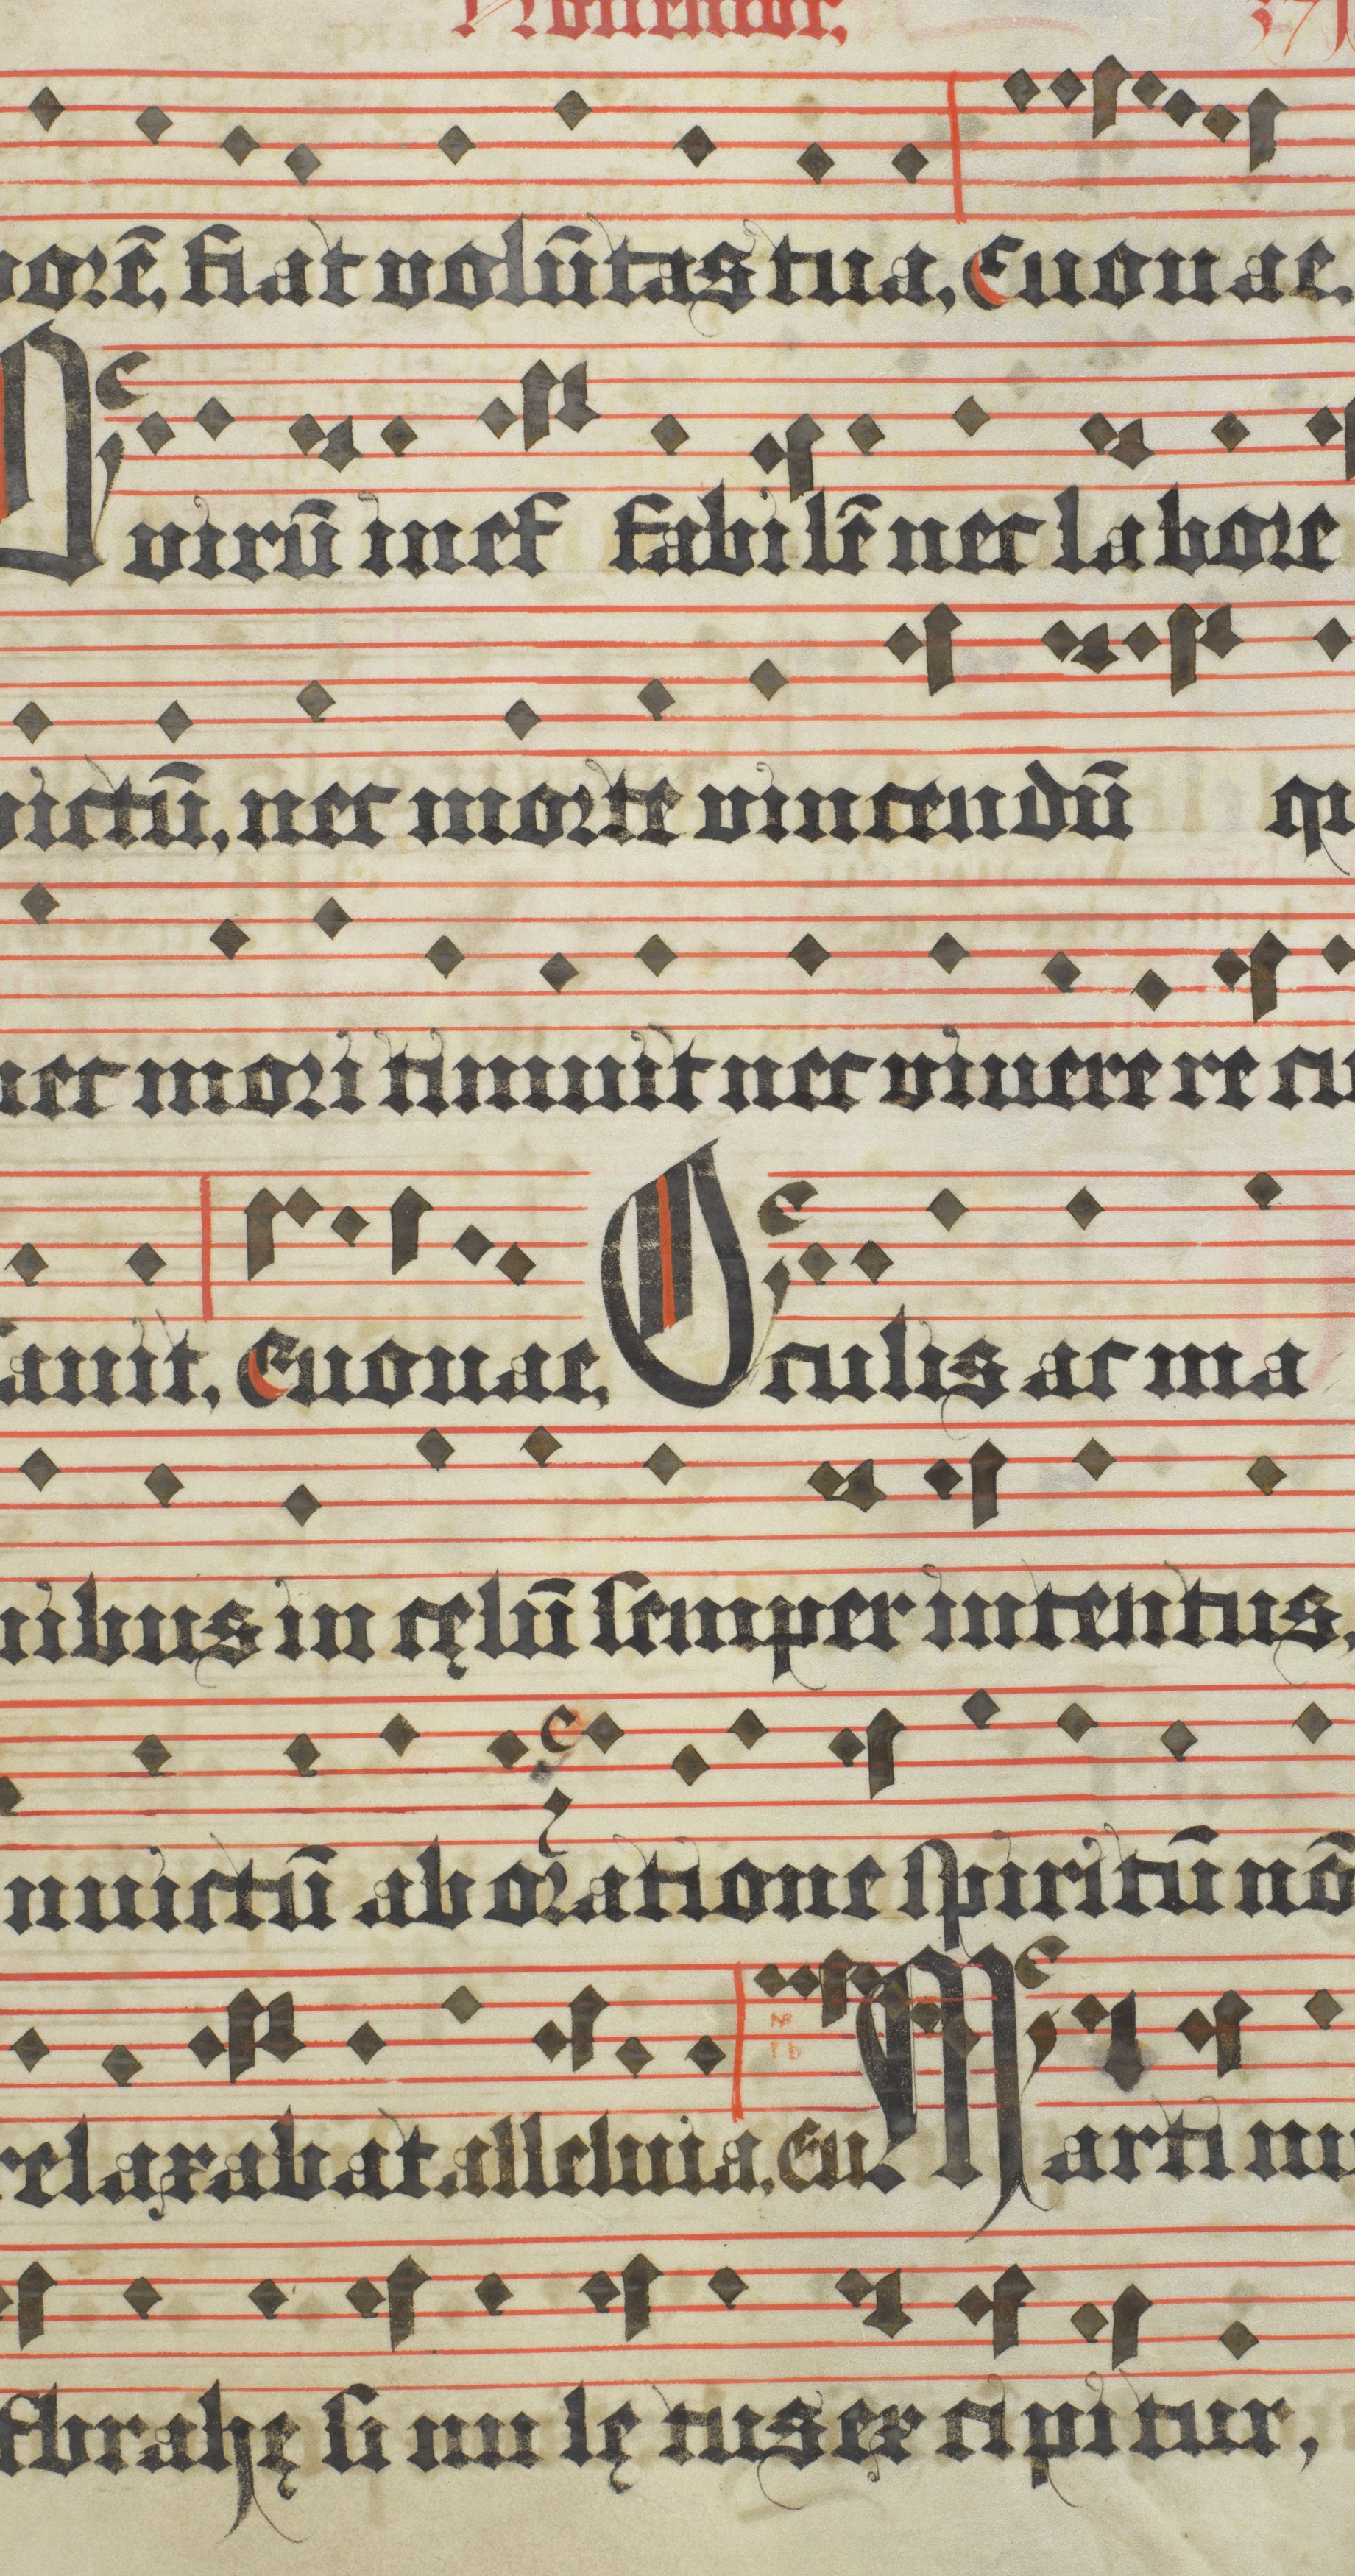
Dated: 1618–1618